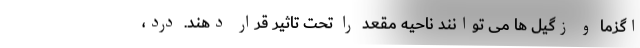
اگزما و زگیل ها می توانند ناحیه مقعد را تحت تاثیر قرار دهند. درد،